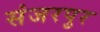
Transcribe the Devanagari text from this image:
संजरपुर